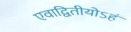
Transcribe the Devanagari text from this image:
एवाद्वितीयोऽहं